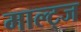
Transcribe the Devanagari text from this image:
माल्ट्ज